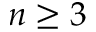
n \geq 3